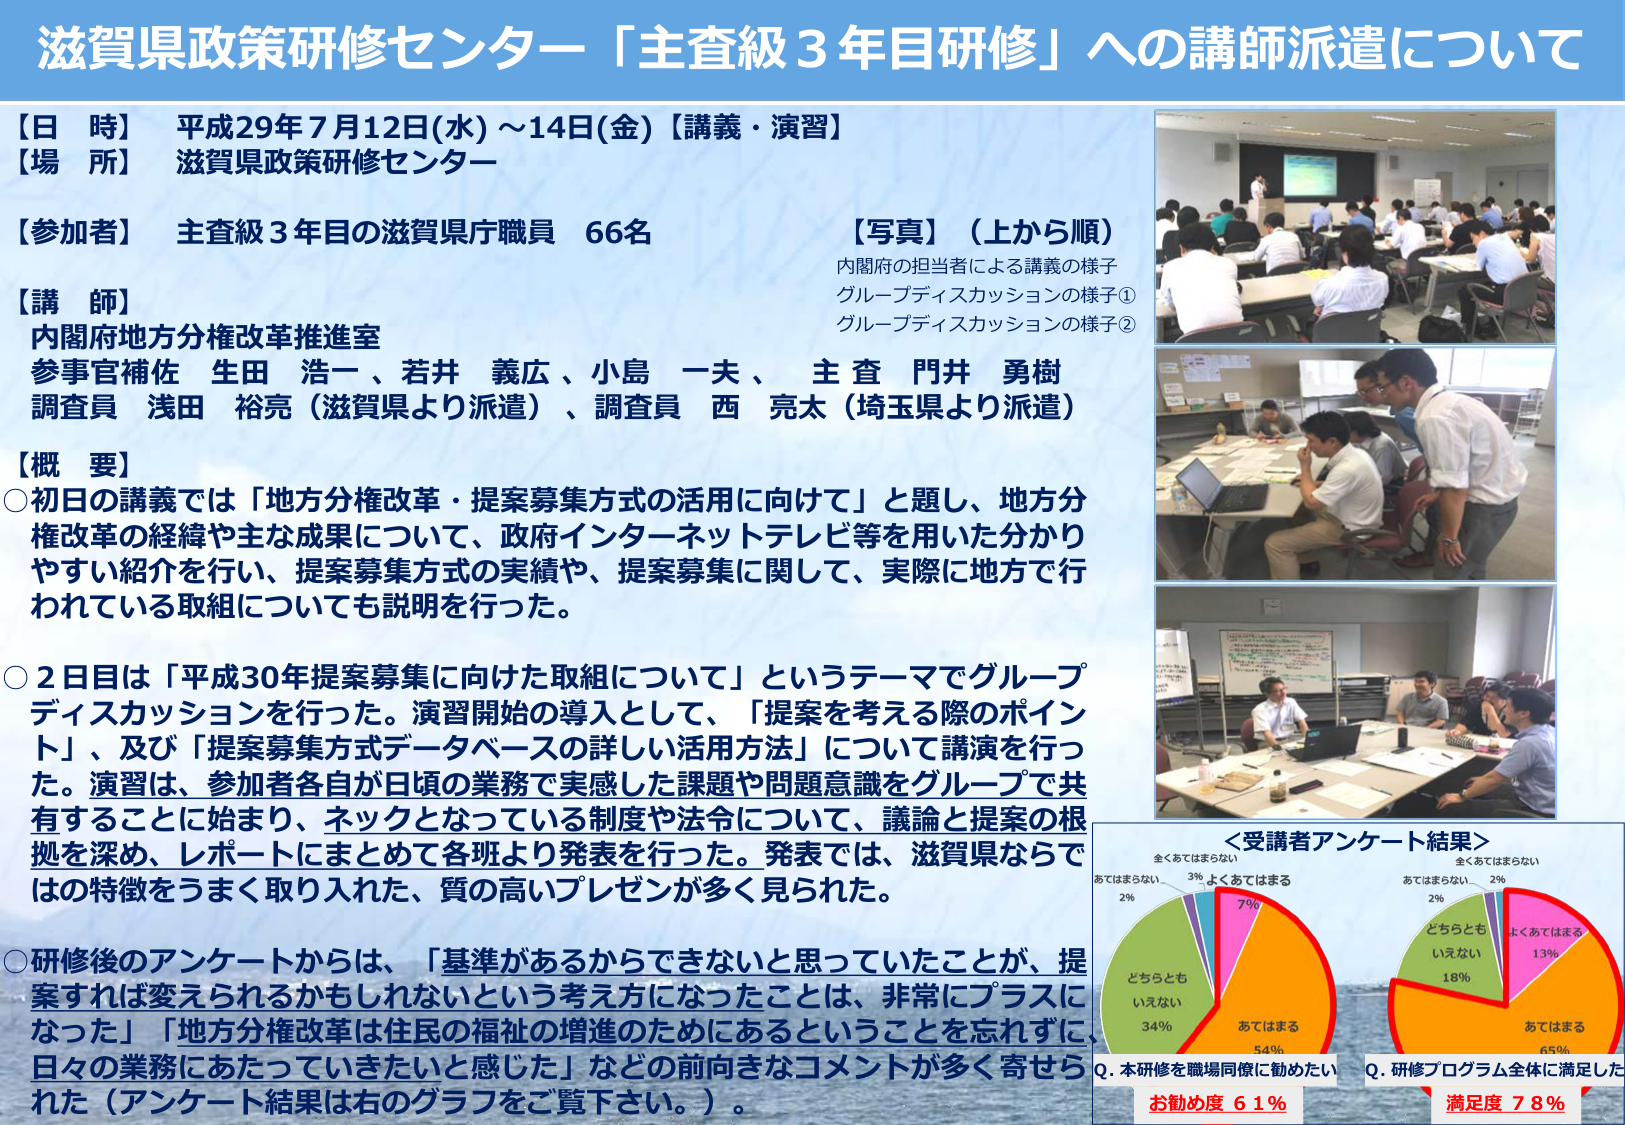
滋賀県政策研修センター「主査級３年目研修」への講師派遣について

【日 時】 平成29年7月12日(水)～14日(金)【講義・演習】
【場 所】 滋賀県政策研修センター

【参加者】 主査級３年目の滋賀県庁職員 66名

【講 師】
内閣府地方分権改革推進室
参事官補佐 生田 浩一、若井 義広、小島 一夫、主査 門井 勇樹
調査員 浅田 裕亮（滋賀県より派遣）、調査員 西 亮太（埼玉県より派遣）

【概 要】
○初日の講義では「地方分権改革・提案募集方式の活用に向けて」と題し、地方分権改革の経緯や主な成果について、政府インターネットテレビ等を用いた分かりやすい紹介を行い、提案募集方式の実績や、提案募集に関して、実際に地方で行われている取組についても説明を行った。

○2日目は「平成30年提案募集に向けた取組について」というテーマでグループディスカッションを行った。演習開始の導入として、「提案を考える際のポイント」、及び「提案募集方式データベースの詳しい活用方法」について講演を行った。演習は、参加者各自が日頃の業務で実感した課題や問題意識をグループで共有することに始まり、ネックとなっている制度や法令について、議論と提案の根拠を深め、レポートにまとめて各班より発表を行った。発表では、滋賀県ならではの特徴をうまく取り入れた、質の高いプレゼンが多く見られた。

○研修後のアンケートからは、「基準があるからできないと思っていたことが、提案すれば変えられるかもしれないという考え方になったことは、非常にプラスになった」「地方分権改革は住民の福祉の増進のためにあるということを忘れずに、日々の業務にあたっていきたいと感じた」などの前向きなコメントが多く寄せられた（アンケート結果は右のグラフをご覧下さい。）。

【写真】（上から順）
内閣府の担当者による講義の様子
グループディスカッションの様子①
グループディスカッションの様子②

＜受講者アンケート結果＞
Q. 本研修を職場同僚に勧めたい
お勧め度 61％
（グラフ：「よくあてはまる」7％、「あてはまる」54％、「どちらともいえない」34％、「あてはまらない」2％、「全くあてはまらない」3％）

Q. 研修プログラム全体に満足した
満足度 78％
（グラフ：「よくあてはまる」13％、「あてはまる」65％、「どちらともいえない」18％、「あてはまらない」2％、「全くあてはまらない」2％）